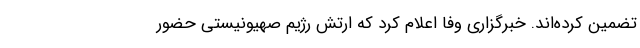
تضمین کرده‌اند. خبرگزاری وفا اعلام کرد که ارتش رژیم صهیونیستی حضور